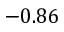
- 0 . 8 6